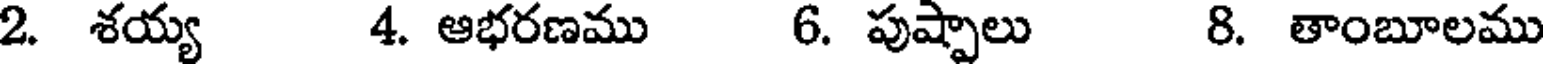
2. శయ్య 4. ఆభరణము 6. పుష్పాలు 8. తాంబూలము